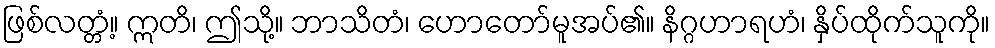
ဖြစ်လတ္တံ့။ ဣတိ၊ ဤသို့။ ဘာသိတံ၊ ဟောတော်မူအပ်၏။ နိဂ္ဂဟာရဟံ၊ နှိပ်ထိုက်သူကို။